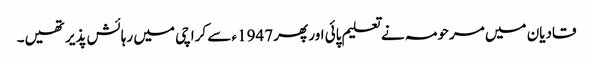
قادیان میں مرحومہ نے تعلیم پائی اور پھر 1947ء سے کراچی میں رہائش پذیر تھیں۔